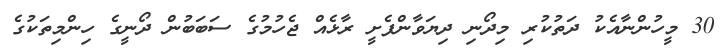
30 މީހުންނާއެކު ދަތުކުރި މިދޯނި ދިޔަވާންފެށީ ރާޅެއް ޖެހުމުގެ ސަބަބުން ދޯނީގެ ހިންމިތަކުގެ